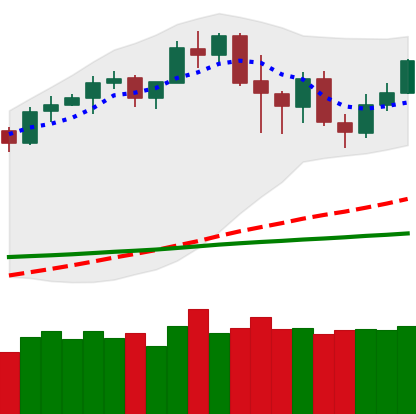
Ticker: LTC-USD
Chart end date: 2020-02-23
Forward return: -24.86%
Label: down_7plus